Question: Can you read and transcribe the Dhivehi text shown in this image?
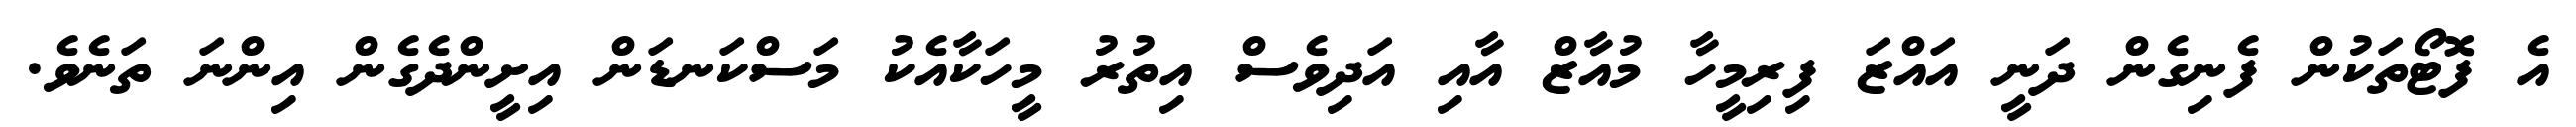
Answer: އެ ފޮޓޯތަކުން ފެނިގެން ދަނީ އައްޒަ ފިރިމީހާ މުއާޒް އާއި އަދިވެސް އިތުރު މީހަކާއެކު މަސްކަނޑަން އިށީންދެގެން އިންނަ ތަނެވެ.